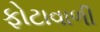
ફોટાવાળી